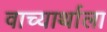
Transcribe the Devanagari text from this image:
वाच्यार्थाला